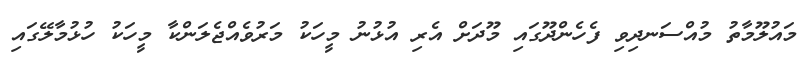
މައުލޫމާތު މުއްސަނދިވި ފެހެންދޫގައި މޫދަށް އެރި އުޅުނު މީހަކު މަރުވެއްޖެލަންކާ މީހަކު ހުޅުމާލޭގައި